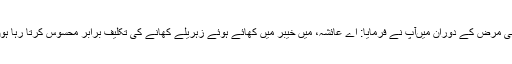
اسی مرض کے دوران میںآپ نے فرمایا: اے عائشہ، میں خیبر میں کھائے ہوئے زہریلے کھانے کی تکلیف برابر محسوس کرتا رہا ہوں۔